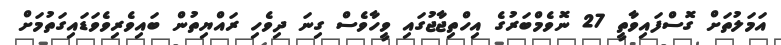
އަމަލުތަށް ގޮސްފައިވާތީ 27 ނޮވެމްބަރުގެ އިހްތިޖާޖުގައި ވީހާވެސް ގިނަ ދިވެހި ރައްޔިތުން ބައިވެރިވެވަޑައިގަތުމަށް